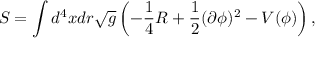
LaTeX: S = \int d ^ { 4 } x d r \sqrt { g } \left( - \frac { 1 } { 4 } R + \frac { 1 } { 2 } ( \partial \phi ) ^ { 2 } - V ( \phi ) \right) ,